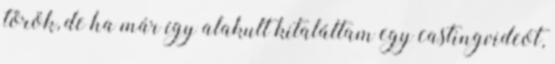
török, de ha már így alakult kitaláltam egy castingvideót,